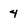
Character: 4